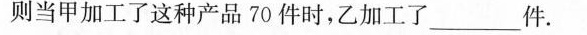
则当甲加工了这种产品70件时，乙加工了____件.